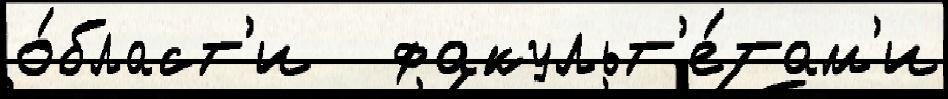
о́бласт'и   факульт'е́там'и